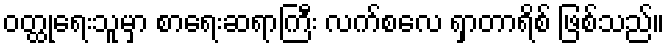
ဝတ္ထုရေးသူမှာ စာရေးဆရာကြီး လက်စလေ ရှာတာရိစ် ဖြစ်သည်။